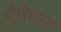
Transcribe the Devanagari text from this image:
ऐवेडन